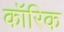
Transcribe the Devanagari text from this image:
कॉरिक